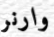
وارنر